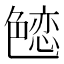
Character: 𰰚